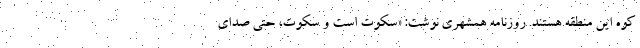
کوه این منطقه هستند. روزنامه همشهری نوشت: «سکوت است و سکوت، حتی صدای